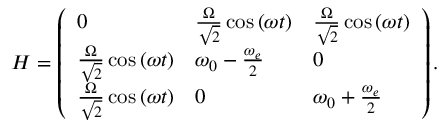
\begin{array} { r } { H = \left( \begin{array} { l l l } { 0 } & { { \frac { \Omega } { \sqrt { 2 } } \cos \left( \omega t \right) } } & { { \frac { \Omega } { \sqrt { 2 } } \cos \left( \omega t \right) } } \\ { { \frac { \Omega } { \sqrt { 2 } } \cos \left( \omega t \right) } } & { \omega _ { 0 } - \frac { \omega _ { e } } { 2 } } & { 0 } \\ { { \frac { \Omega } { \sqrt { 2 } } \cos \left( \omega t \right) } } & { 0 } & { \omega _ { 0 } + \frac { \omega _ { e } } { 2 } } \end{array} \right) . } \end{array}